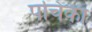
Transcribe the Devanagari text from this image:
पचिका